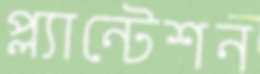
প্ল্যান্টেশন